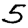
Digit: 5